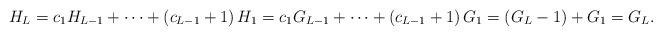
LaTeX: \begin{align*}H_{L}=c_1H_{L-1}+\cdots +\left( c_{L-1}+1 \right) H_1=c_1G_{L-1}+\cdots +\left( c_{L-1}+1 \right) G_1=(G_{L}-1)+G_1=G_{L}.\end{align*}